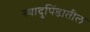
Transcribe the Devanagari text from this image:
स्वादुपिंडातील